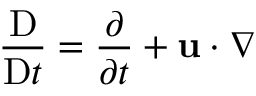
\frac { \mathrm { D } } { \mathrm { D } t } = \frac { \partial } { \partial t } + \mathbf { u } \cdot \nabla